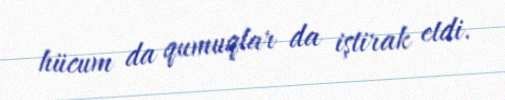
hücum da qumuqlar da iştirak etdi.